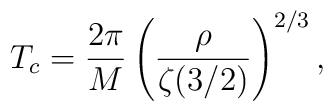
T_c={2\pi\over M} \left({\rho\over \zeta(3/2)}\right)^{2/3},